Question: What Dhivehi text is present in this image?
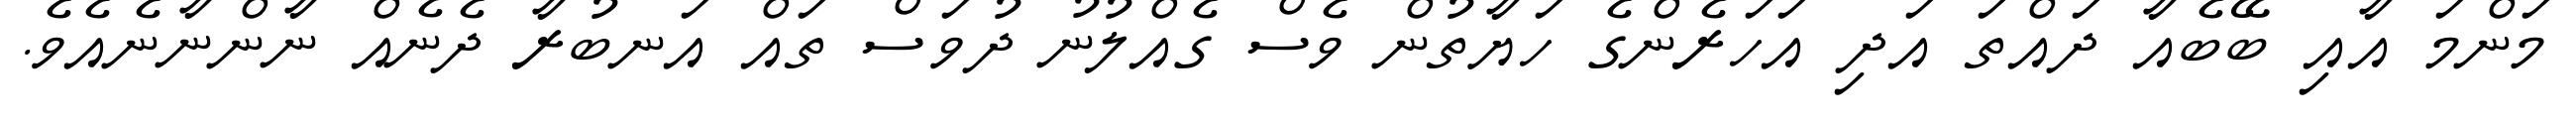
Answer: މަންމަ އާއި ބޭބެއާ ދައްތަ އަދި އަހަރެންގެ ހަޔާތުން ވެސް ގެއްލުނު ދުވަސް ތައް އަނބުރާ ދެނެއް ނާންނާނެއެވެ.